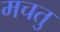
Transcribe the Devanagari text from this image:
मचतु